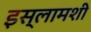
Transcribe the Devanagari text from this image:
इस्लामशी